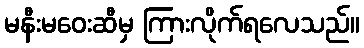
မနီးမဝေးဆီမှ ကြားလိုက်ရလေသည်။